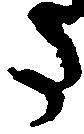
た